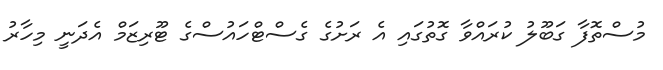
މުސްތޮފާ ގަބޫލު ކުރައްވާ ގޮތުގައި އެ ރަށުގެ ގެސްޓްހައުސްގެ ޓޫރިޒަމް އެދަނީ މިހާރު